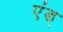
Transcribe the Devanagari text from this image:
एंड्